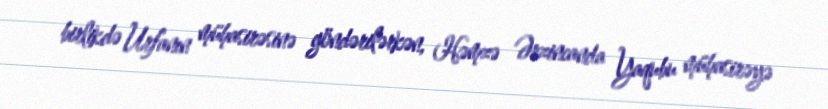
birlikdə Urfanın mühasirəsinə göndərilərkən, Həmzə Ərzincanda Yaqubu mühasirəyə